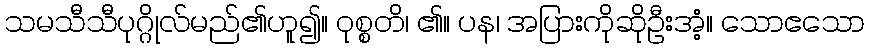
သမသီသီပုဂ္ဂိုလ်မည်၏ဟူ၍။ ဝုစ္စတိ၊ ၏။ ပန၊ အပြားကိုဆိုဦးအံ့။ သောဧသော